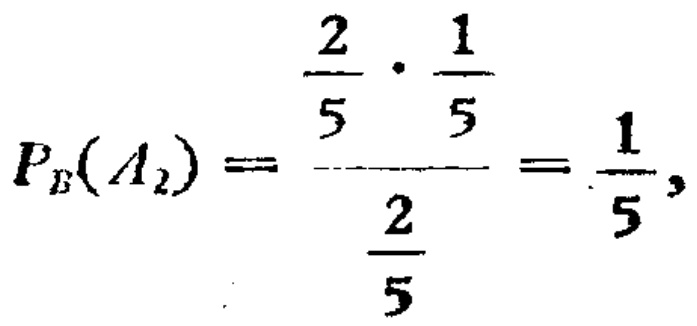
\[

P_{B}(A_{2})=\frac{\frac{2}{5}\cdot\frac{1}{5}}{\frac{2}{5}}=\frac{1}{5},

\]